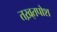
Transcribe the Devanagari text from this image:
तख़्तपोश